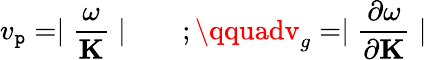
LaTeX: v_{\mathtt{p}}=\mid\frac{{\omega}}{{{\mathbf{K}}}}\mid\qquad;\qquadv_{g}=\mid\frac{{\partial\omega}}{{\partial{\mathbf{K}}}}\mid